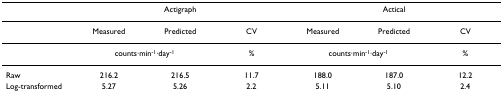
<table><thead><tr><td></td><td colspan="3"><b>Actigraph</b></td><td colspan="3"><b>Actical</b></td></tr></thead><tbody><tr><td></td><td>Measured</td><td>Predicted</td><td>CV</td><td>Measured</td><td>Predicted</td><td>CV</td></tr><tr><td></td><td colspan="2">counts·min<sup>-1</sup>·day<sup>-1</sup></td><td>%</td><td colspan="2">counts·min<sup>-1</sup>·day<sup>-1</sup></td><td>%</td></tr><tr><td>Raw</td><td>216.2</td><td>216.5</td><td>11.7</td><td>188.0</td><td>187.0</td><td>12.2</td></tr><tr><td>Log-transformed</td><td>5.27</td><td>5.26</td><td>2.2</td><td>5.11</td><td>5.10</td><td>2.4</td></tr></tbody></table>